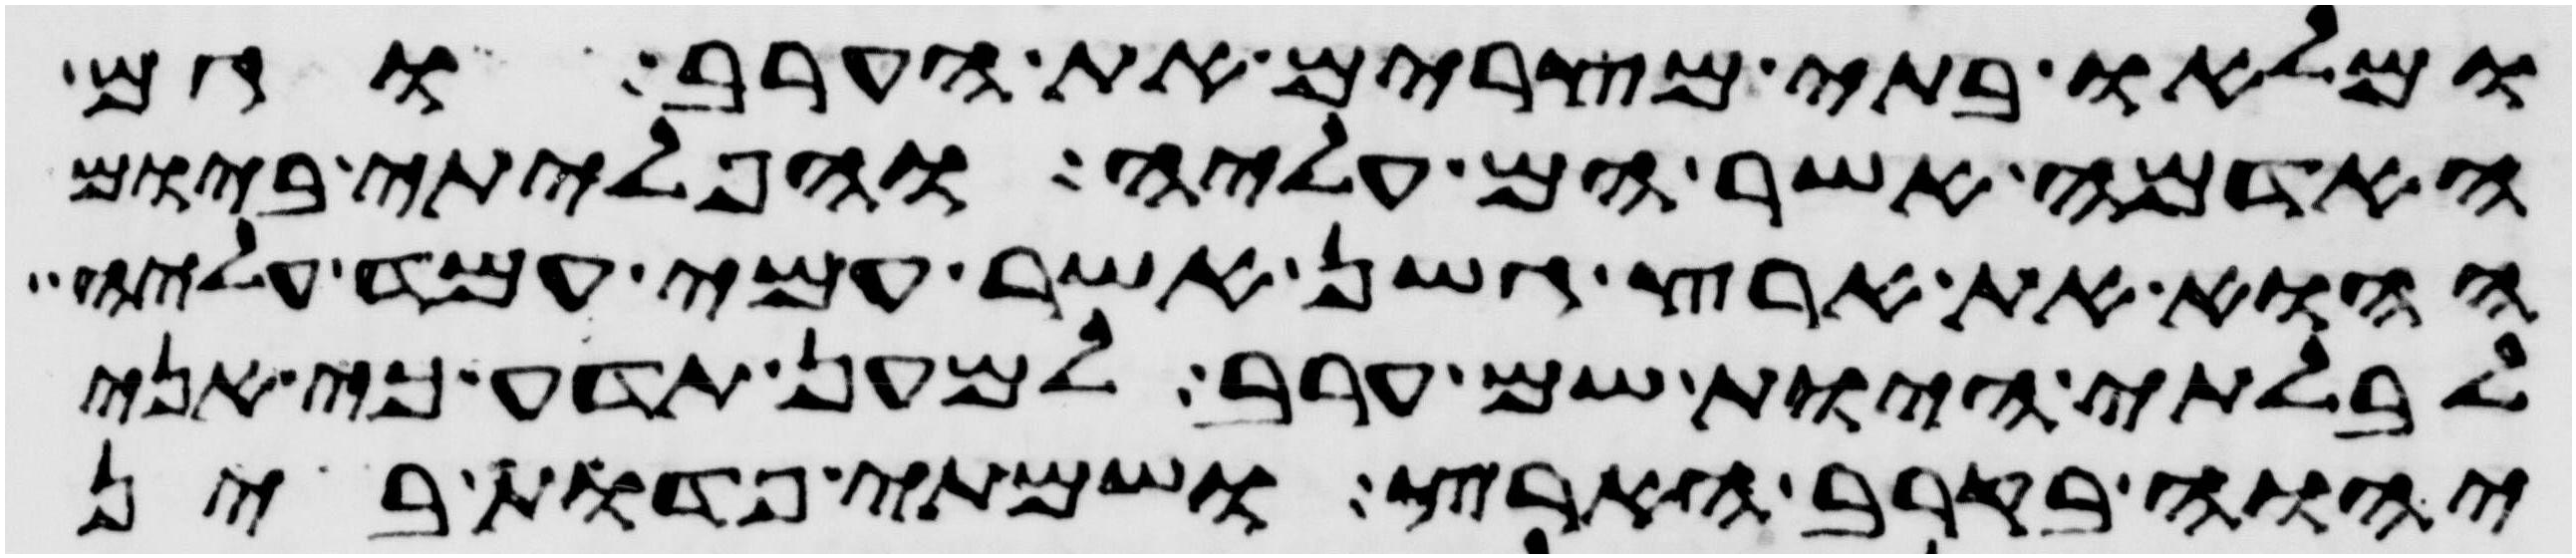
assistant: ומלאו בתי מצרים את הערב וגם
האדמה אשר הם עליה והפליתי ביום
ההוא את ארץ גשן אשר עמי עמד עליה
לבלתי היות שם ערב למען תדע כי אני
יהוה בקרב הארץ ושמתי פדות בין